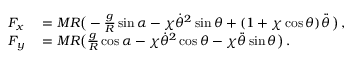
\begin{array} { r l } { F _ { x } } & { { } = M R \big ( - \frac { g } { R } \sin \alpha - \chi \dot { \theta } ^ { 2 } \sin \theta + ( 1 + \chi \cos \theta ) \ddot { \theta } \, \big ) \, , } \\ { F _ { y } } & { { } = M R \big ( \frac { g } { R } \cos \alpha - \chi \dot { \theta } ^ { 2 } \cos \theta - \chi \ddot { \theta } \sin \theta \big ) \, . } \end{array}